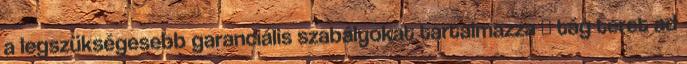
a legszükségesebb garanciális szabályokat tartalmazza  tág teret ad